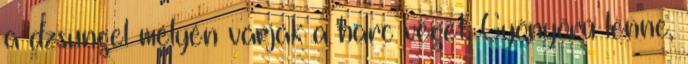
a dzsungel mélyén várják a harc végét. Gyönyörű lenne,